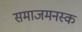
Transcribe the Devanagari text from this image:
समाजमनस्क